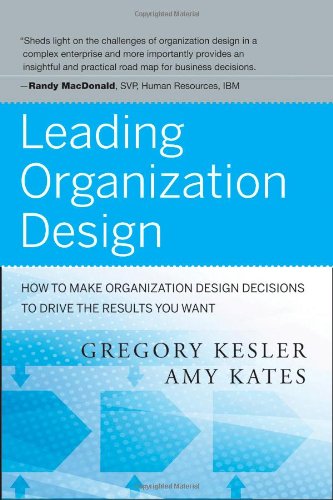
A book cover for Leading Organization Design: How to Make Organization Design Decisions to Drive the Results You Want; Gregory Kesler; Business & Money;